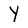
Character: Y